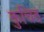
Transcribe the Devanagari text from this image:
कुचित